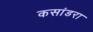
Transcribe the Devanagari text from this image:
कसांडरा